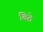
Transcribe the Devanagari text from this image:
बिठे